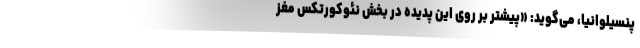
پنسیلوانیا، می‌گوید: «پیشتر بر روی این پدیده در بخش نئوکورتکس مغز